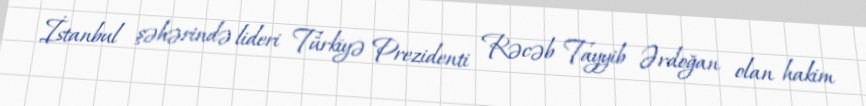
İstanbul şəhərində lideri Türkiyə Prezidenti Rəcəb Tayyib Ərdoğan olan hakim